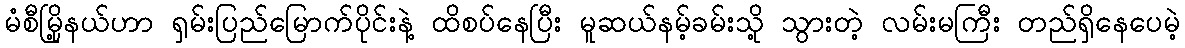
မံစီမြို့နယ်ဟာ ရှမ်းပြည်မြောက်ပိုင်းနဲ့ ထိစပ်နေပြီး မူဆယ်နမ့်ခမ်းသို့ သွားတဲ့ လမ်းမကြီး တည်ရှိနေပေမဲ့